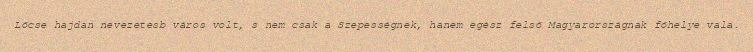
Lőcse hajdan nevezetesb város volt, s nem csak a Szepességnek, hanem egész felső Magyarországnak főhelye vala.